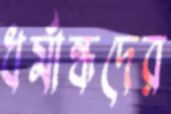
ধর্মান্ধদের